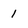
Character: 1